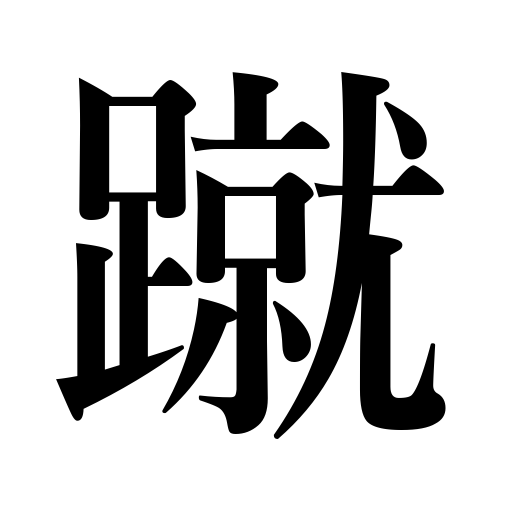
Meanings: kick